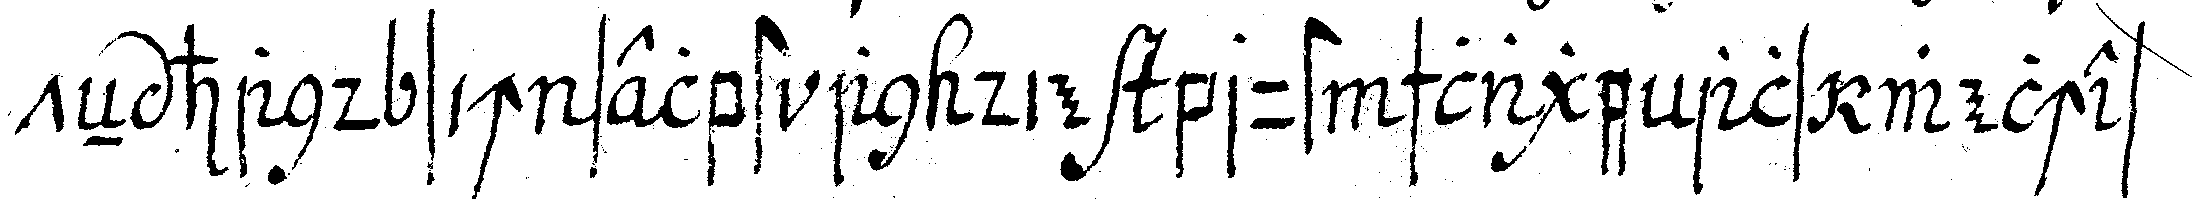
teN hand sich selbst an die brust schlage als welches